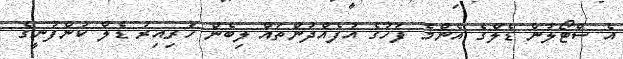
އެ ސްޓޯލުން ޑެލްގެ އެންމެ ފަހުގެ އުފެއްދުންތައް ލިބެން ހުރިއިރު ޑެލް ކުންފުނީގެ